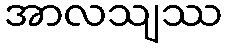
အာလသျဿ